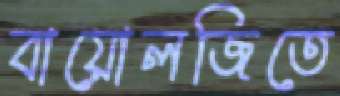
বায়োলজিতে